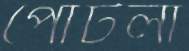
পোঁটলা